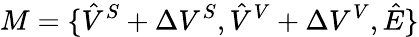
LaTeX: M={\{ \hat{V}^{S}+\Delta V^{S},\hat{V}^{V}+\Delta V^{V}},\hat{E}\}